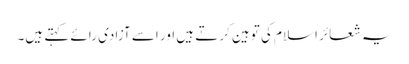
یہ شعائر اسلام کی توہین کرتے ہیں اور اسے آزادی رائے کہتے ہیں۔